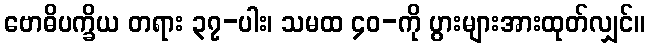
ဗောဓိပက္ခိယ တရား ၃၇-ပါး၊ သမထ ၄၀-ကို ပွားများအားထုတ်လျှင်။